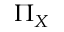
\Pi _ { X }